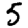
Digit: 5